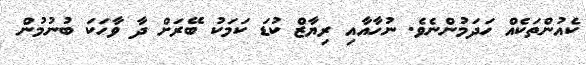
ކެއުންތަކެއް ހަދަމުންނެވެ. ނުހާއާއި ރިޔާޒް ކުޑަ ކަމަކު ބޭރަށް ދާ ވާހަކަ ބުނުމުން